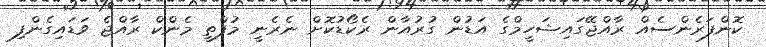
ކޮންފަރެންސެއް ރާއްޖޭގައިޝަހީމްގެ އަޑުން ގުރުުއާން ރެކޯޑުކޮށް ނެރެނީ މުފްތީ މެންކް ރާއްޖެ ވަޑައިގެންފި